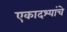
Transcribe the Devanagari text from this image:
एकादश्यांचे